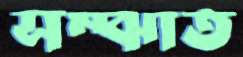
সম্‌ঝাত